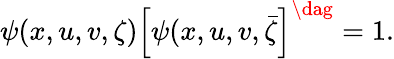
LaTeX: \psi(x,u,v,\zeta)\left[\psi(x,u,v,\bar{\zeta}\right]^{\dag}=1.